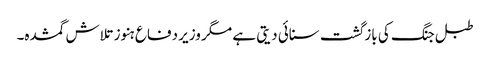
طبل جنگ کی بازگشت سنائی دیتی ہے مگر وزیر دفاع ہنوز تلاش گمشدہ۔